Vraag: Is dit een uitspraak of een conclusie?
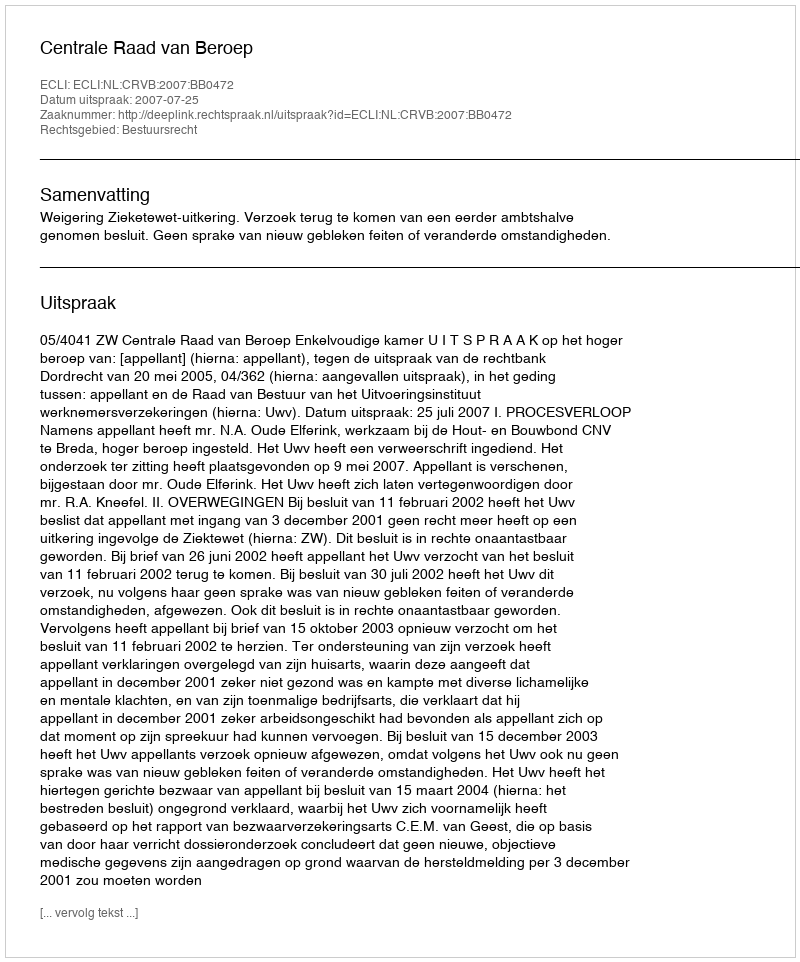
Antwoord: Uitspraak